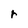
Character: r